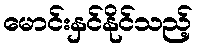
မောင်းနှင်နိုင်သည့်